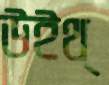
উইথ্